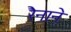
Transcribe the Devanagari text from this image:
रैनाने